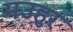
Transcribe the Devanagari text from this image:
मउहुर